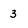
Character: 3